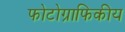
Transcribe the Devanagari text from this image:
फोटोग्राफिकीय